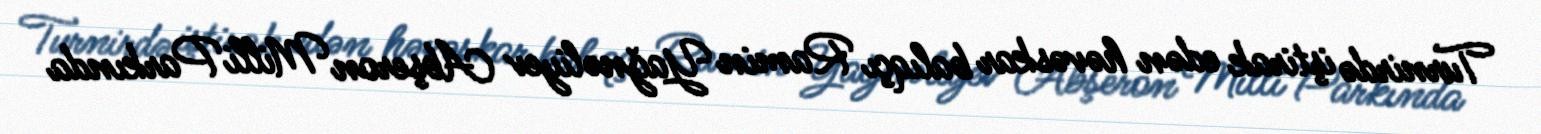
Turnirdə iştirak edən həvəskar balıqçı Ramin Yağnəliyev Abşeron Milli Parkında